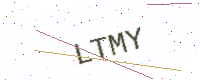
Text: LTMY